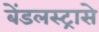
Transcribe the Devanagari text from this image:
बेंडलस्ट्रासे